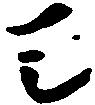
天